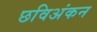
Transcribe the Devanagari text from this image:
छविअंकन